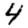
Digit: 4